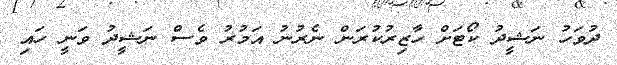
ދުވަހު ނަޝީދު ކޯޓަށް ހާޒިރުކުރަން ނެރުނު އަމުރު ވެސް ނަޝީދު ވަނީ ހައި